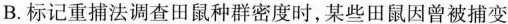
B.标记重捕法调查田鼠种群密度时，某些田鼠因曾被捕变